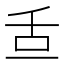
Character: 𦧆